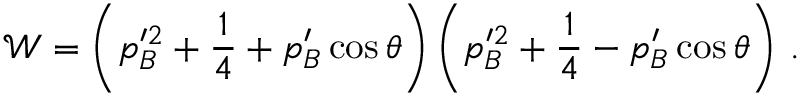
\mathcal { W } = \left( p _ { B } ^ { \prime 2 } + \frac { 1 } { 4 } + p _ { B } ^ { \prime } \cos \theta \right) \left( p _ { B } ^ { \prime 2 } + \frac { 1 } { 4 } - p _ { B } ^ { \prime } \cos \theta \right) \, .